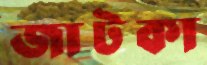
জাটকা